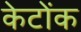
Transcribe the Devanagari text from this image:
केटोंक